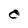
Character: 0